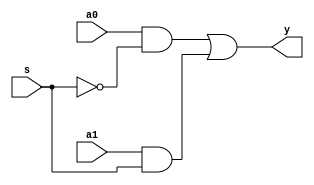
/************************************************
  The Verilog HDL code example is from the book
  Computer Principles and Design in Verilog HDL
  by Yamin Li, published by A JOHN WILEY & SONS
************************************************/
module mux2x1_gate (a0, a1, s, y);      // multiplexer using ordinary gates
    input  s, a0, a1;                   // inputs
    output y;                           // output
    wire   sn, a0_sn, a1_s;             // internal wires
    not i0 (sn,    s);                  // not (out, in);
    and i1 (a0_sn, a0,    sn);          // and (out, in1, in2);
    and i2 (a1_s,  a1,    s );          // and (out, in1, in2);
    or  i3 (y,     a0_sn, a1_s);        // or  (out, in1, in2);
endmodule